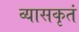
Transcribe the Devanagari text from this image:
व्यासकृतं